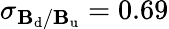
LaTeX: \sigma_{\mathbf{B}_{\mathrm{{d}}}/\mathbf{B}_{\mathrm{{u}}}}=0.69